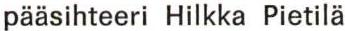
pääsihteeri Hilkka Pietilä